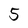
Character: 5